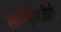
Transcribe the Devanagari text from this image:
स्वर्णवृष्टितीर्थ